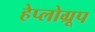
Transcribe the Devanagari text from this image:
हेप्लोग्रूप